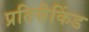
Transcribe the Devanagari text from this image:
प्रतिसैकिंड